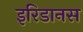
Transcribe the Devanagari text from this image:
इरिडानस